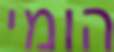
הומי